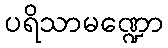
ပရိသာမဏ္ဍော